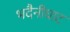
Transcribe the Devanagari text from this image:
भदैनीघाट